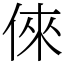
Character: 倈